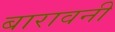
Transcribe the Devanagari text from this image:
बारावनी